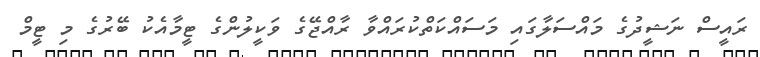
ރައީސް ނަޝީދުގެ މައްސަލާގައި މަސައްކަތްކުރައްވާ ރާއްޖޭގެ ވަކީލުންގެ ޓީމާއެކު ބޭރުގެ މި ޓީމް